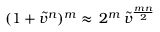
( 1 + \tilde { v } ^ { n } ) ^ { m } \approx \, 2 ^ { m } \, \tilde { v } ^ { \frac { m n } { 2 } }